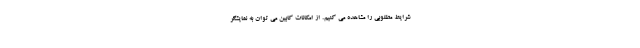
شرایط مطلوبی را مشاهده می کنیم. از امکانات کابین می توان به نمایشگر